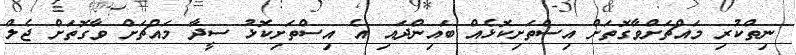
ނިތްކުރި މައްޗަށްވާގޮތަށް އިސްތަށިކޮޅެއް ބައިންދައި އެ އިސްތަށިކޮޅު ސީދާ މައްޗަށް ވާގޮތަށް ޖެލް